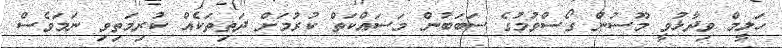
ހަލީމް ވިދާޅުވީ މޫސުން ގޯސްވުމުގެ ސަބަބުން މަސައްކަތް ކުރުމަށް ދަތިތަކެއް ކުރިމަތިވި ނަމަވެސް